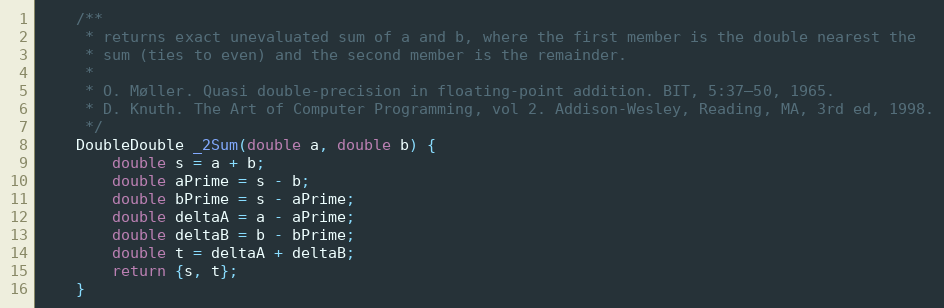
Language: C
    /**
     * returns exact unevaluated sum of a and b, where the first member is the double nearest the
     * sum (ties to even) and the second member is the remainder.
     *
     * O. Møller. Quasi double-precision in floating-point addition. BIT, 5:37–50, 1965.
     * D. Knuth. The Art of Computer Programming, vol 2. Addison-Wesley, Reading, MA, 3rd ed, 1998.
     */
    DoubleDouble _2Sum(double a, double b) {
        double s = a + b;
        double aPrime = s - b;
        double bPrime = s - aPrime;
        double deltaA = a - aPrime;
        double deltaB = b - bPrime;
        double t = deltaA + deltaB;
        return {s, t};
    }